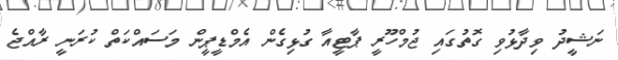
ނަޝީދު ވިދާޅުވި ގޮތުގައި ޖުމްހޫރީ ޕާޓީއާ ގުޅިގެން އެމްޑީޕީން މަސައްކަތް ކުރަނީ ރާއްޖެ